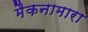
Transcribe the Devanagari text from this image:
मैकनामारा